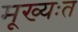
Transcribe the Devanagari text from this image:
मूख्यःत